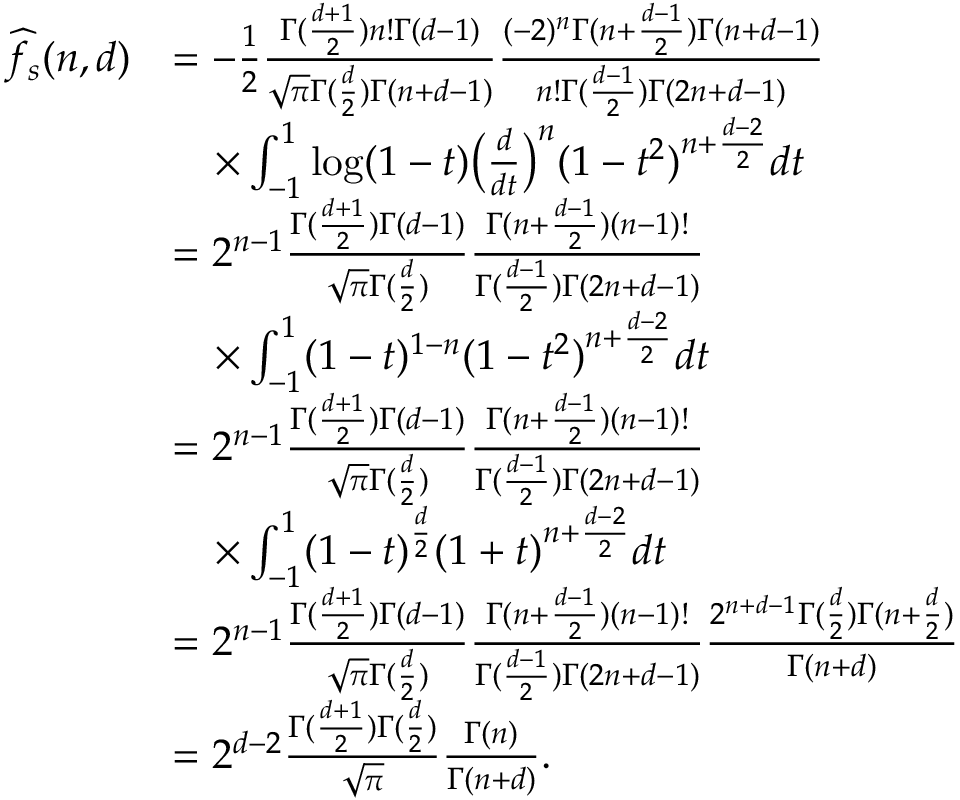
\begin{array} { r l } { \widehat { f _ { s } } ( n , d ) } & { = - \frac { 1 } { 2 } \frac { \Gamma ( \frac { d + 1 } { 2 } ) n ! \Gamma ( d - 1 ) } { \sqrt { \pi } \Gamma ( \frac { d } { 2 } ) \Gamma ( n + d - 1 ) } \frac { ( - 2 ) ^ { n } \Gamma ( n + \frac { d - 1 } { 2 } ) \Gamma ( n + d - 1 ) } { n ! \Gamma ( \frac { d - 1 } { 2 } ) \Gamma ( 2 n + d - 1 ) } } \\ & { \quad \times \int _ { - 1 } ^ { 1 } \log ( 1 - t ) \big ( \frac { d } { d t } \big ) ^ { n } ( 1 - t ^ { 2 } ) ^ { n + \frac { d - 2 } { 2 } } d t } \\ & { = 2 ^ { n - 1 } \frac { \Gamma ( \frac { d + 1 } { 2 } ) \Gamma ( d - 1 ) } { \sqrt { \pi } \Gamma ( \frac { d } { 2 } ) } \frac { \Gamma ( n + \frac { d - 1 } { 2 } ) ( n - 1 ) ! } { \Gamma ( \frac { d - 1 } { 2 } ) \Gamma ( 2 n + d - 1 ) } } \\ & { \quad \times \int _ { - 1 } ^ { 1 } ( 1 - t ) ^ { 1 - n } ( 1 - t ^ { 2 } ) ^ { n + \frac { d - 2 } { 2 } } d t } \\ & { = 2 ^ { n - 1 } \frac { \Gamma ( \frac { d + 1 } { 2 } ) \Gamma ( d - 1 ) } { \sqrt { \pi } \Gamma ( \frac { d } { 2 } ) } \frac { \Gamma ( n + \frac { d - 1 } { 2 } ) ( n - 1 ) ! } { \Gamma ( \frac { d - 1 } { 2 } ) \Gamma ( 2 n + d - 1 ) } } \\ & { \quad \times \int _ { - 1 } ^ { 1 } ( 1 - t ) ^ { \frac { d } { 2 } } ( 1 + t ) ^ { n + \frac { d - 2 } { 2 } } d t } \\ & { = 2 ^ { n - 1 } \frac { \Gamma ( \frac { d + 1 } { 2 } ) \Gamma ( d - 1 ) } { \sqrt { \pi } \Gamma ( \frac { d } { 2 } ) } \frac { \Gamma ( n + \frac { d - 1 } { 2 } ) ( n - 1 ) ! } { \Gamma ( \frac { d - 1 } { 2 } ) \Gamma ( 2 n + d - 1 ) } \frac { 2 ^ { n + d - 1 } \Gamma ( \frac { d } { 2 } ) \Gamma ( n + \frac { d } { 2 } ) } { \Gamma ( n + d ) } } \\ & { = 2 ^ { d - 2 } \frac { \Gamma ( \frac { d + 1 } { 2 } ) \Gamma ( \frac { d } { 2 } ) } { \sqrt { \pi } } \frac { \Gamma ( n ) } { \Gamma ( n + d ) } . } \end{array}